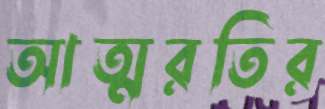
আত্মরতির